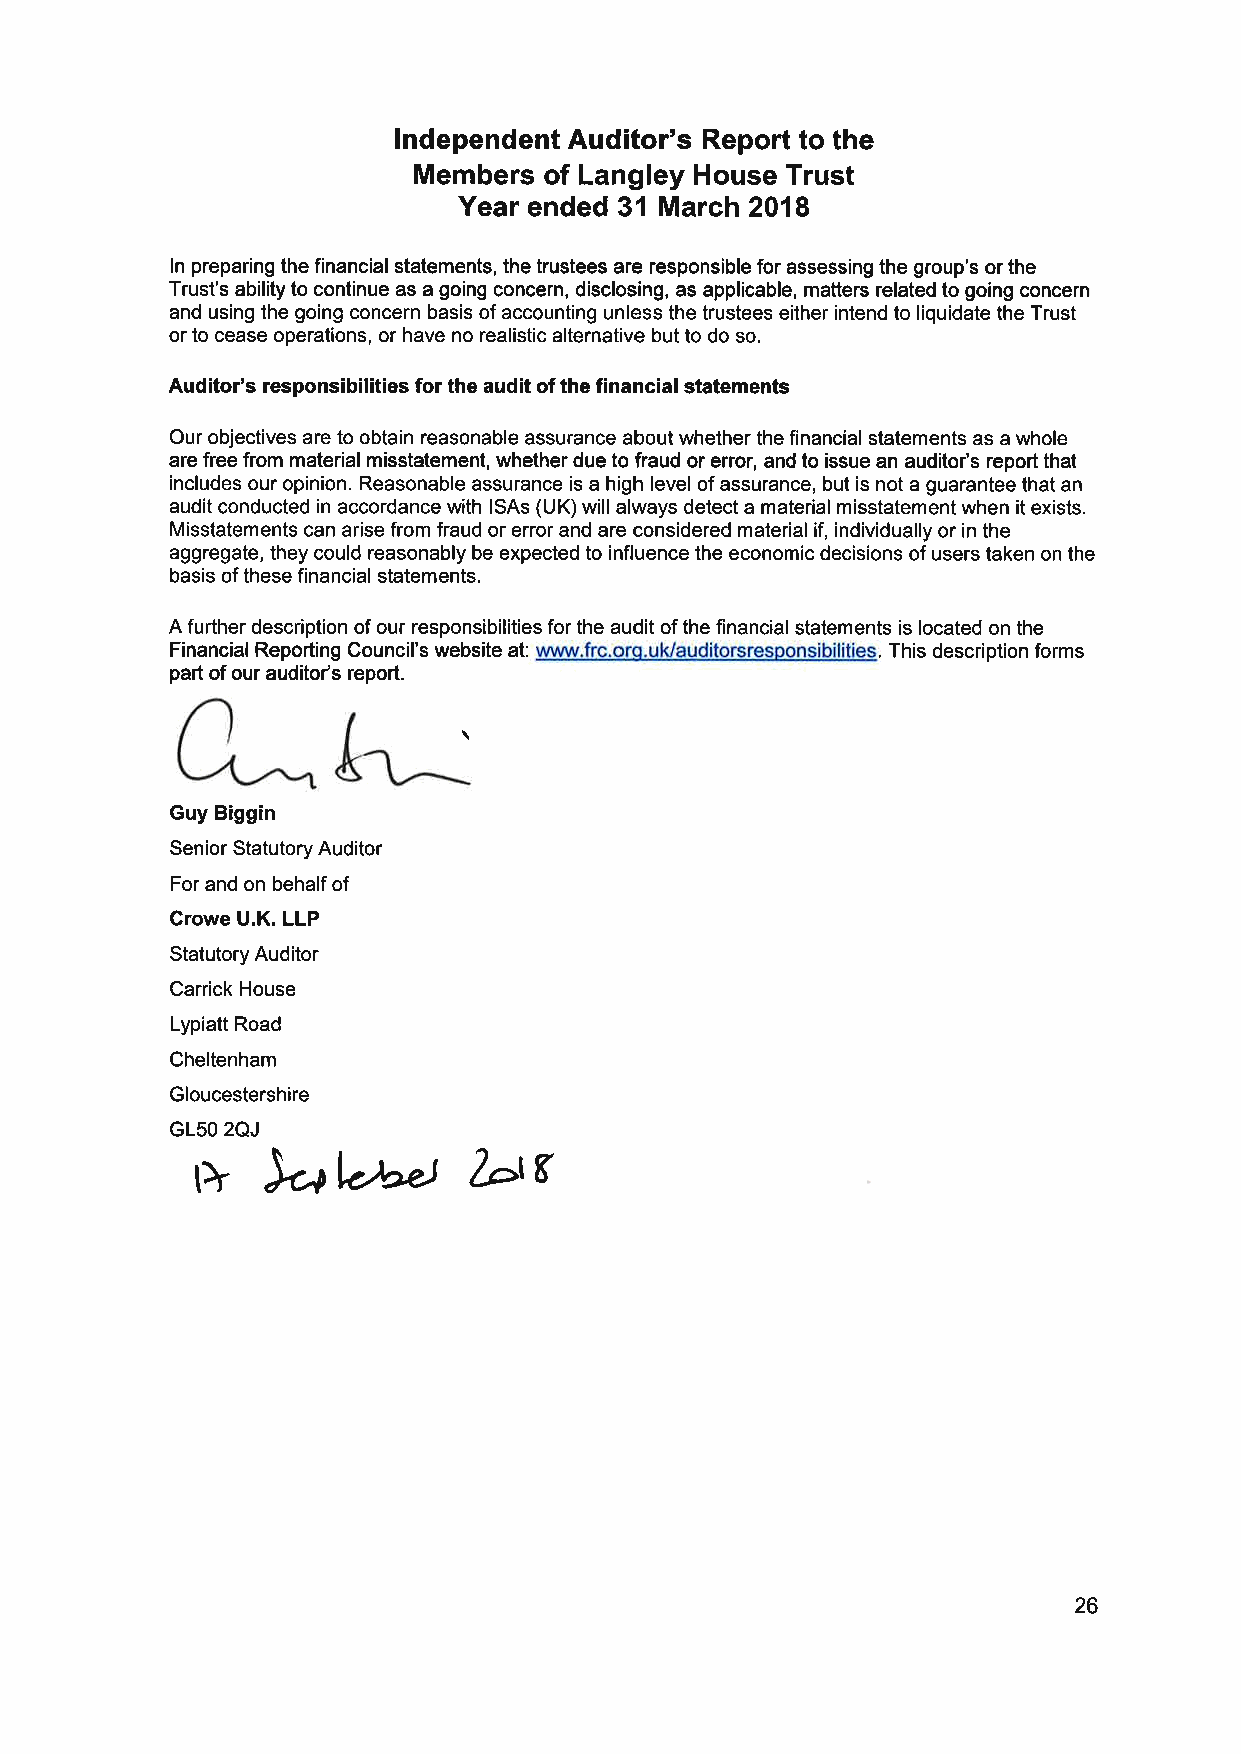
lndependent Auditor's Report to the
 Members  of Langley House Trust
 Year ended 31 March 2018
 ln preparing the financial statements, the trustees are responsible for assessing the group's or the
 Trust's ability to continue as a going concern, disclosing, as applicable, matters related to going concern
 and using the going concern basis of accounting unless the trustees either intend to liquidate the Trust
 or to cease operations, or have no realistic alternative but to do so.
 Auditor's responsibilities for the audit of the financial statements
 Our objectives are to obtain reasonable assurance about whether the financial statements as a whole
 are free from material misstatement, whether due to fraud or error, and to issue an auditor's report that
 includes our opinion. Reasonable assurance is a high level of assurance, but is not a guarantee that an
 audit conducted in accordance with lSAs (UK) will always detect a material misstatement when it exists.
 Misstatements can arise from fraud or error and are considered material if, individually or in the
 aggregate, they could reasonably be expected to influence the economic decisions of users taken on the
 basis of these financial statements.
 A further description of our responsibilities for the audit of the financial statements is located on the
 Financial Reporting Council's website at: www.frc.orq.uldauditorsresponsibilities. This description forms
 part of our auditofs report.
 Guy Biggin
 Senior Statutory Auditor
 For and on behalf of
 Crowe U.K. LLP
 Statutory Auditor
 Carrick House
 Lypiatt Road
 Cheltenham
 Gloucestershire
 GLStO Ì2Q J
 btg
 >-ol¿"")
 26